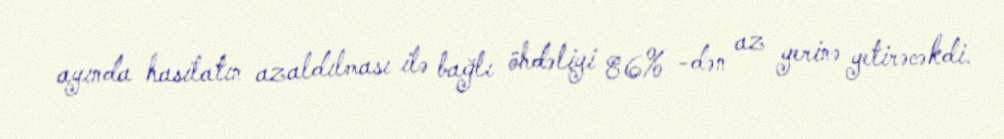
ayında hasilatın azaldılması ilə bağlı öhdəliyi 86% -dən az yerinə yetirəcəkdi.